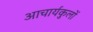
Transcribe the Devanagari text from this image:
आचार्यकुलों